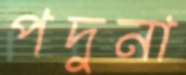
পদুনা